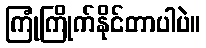
ကြုံကြိုက်နိုင်တာပါပဲ။